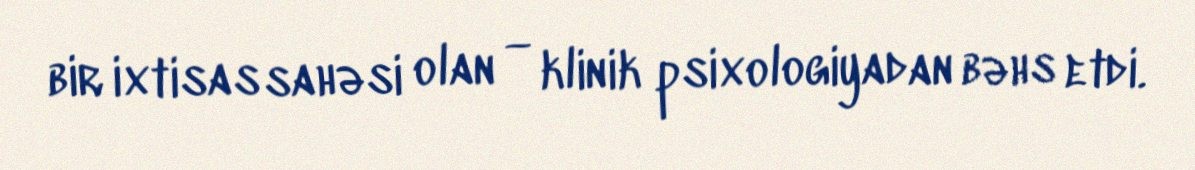
bir ixtisas sahəsi olan — klinik psixologiyadan bəhs etdi.